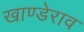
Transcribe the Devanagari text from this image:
खाण्डेराव